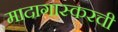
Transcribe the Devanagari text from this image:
मादागास्करची